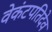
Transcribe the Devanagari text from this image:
वेकंटपतिदेव